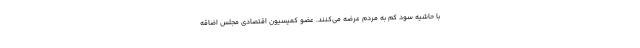
با حاشیه سود کم به مردم عرضه می‌کنند. عضو کمیسیون اقتصادی مجلس اضاقه